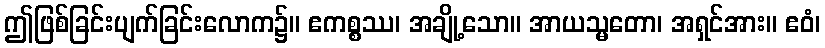
ဤဖြစ်ခြင်းပျက်ခြင်းလောက၌။ ဧကစ္စဿ၊ အချို့သော။ အာယသ္မတော၊ အရှင်အား။ ဧဝံ၊